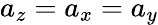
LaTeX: a_{z}=a_{x}=a_{y}